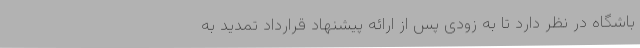
باشگاه در نظر دارد تا به زودی پس از ارائه پیشنهاد قرارداد تمدید به